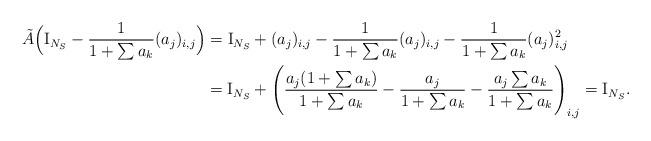
LaTeX: \begin{align*}\tilde A \Big( {\rm I}_{N_{S}} -\frac1{1+\sum a_{k}} (a_{j})_{i,j} \Big) &= {\rm I}_{N_{S}} + (a_{j})_{i,j} -\frac1{1+\sum a_{k}} (a_{j})_{i,j} -\frac1{1+\sum a_{k}} (a_{j})_{i,j}^2\\&= {\rm I}_{N_{S}} + \Bigg( \frac{a_{j}(1+\sum a_{k})}{1+\sum a_{k}} -\frac{a_{j}}{1+\sum a_{k}} -\frac{a_{j} \sum a_{k}}{1+\sum a_{k}} \Bigg)_{i,j} = {\rm I}_{N_{S}} . \end{align*}